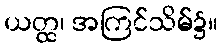
ယတ္ထ၊ အကြင်သိမ်၌။